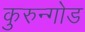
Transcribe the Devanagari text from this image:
कुरुन्गोड